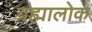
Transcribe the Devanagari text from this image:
ब्रह्मालोक